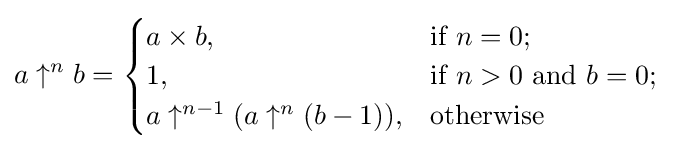
a\uparrow ^{n}b={\begin{cases}a\times b,&{\text{if }}n=0;\\1,&{\text{if }}n>0{\text{ and }}b=0;\\a\uparrow ^{n-1}(a\uparrow ^{n}(b-1)),&{\text{otherwise }}\end{cases}}